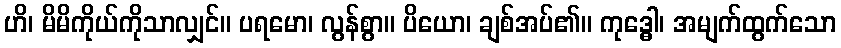
ဟိ၊ မိမိကိုယ်ကိုသာလျှင်။ ပရမော၊ လွန်စွာ။ ပိယော၊ ချစ်အပ်၏။ ကုဒ္ဓေါ၊ အမျက်ထွက်သော